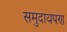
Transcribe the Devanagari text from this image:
समुदायपण